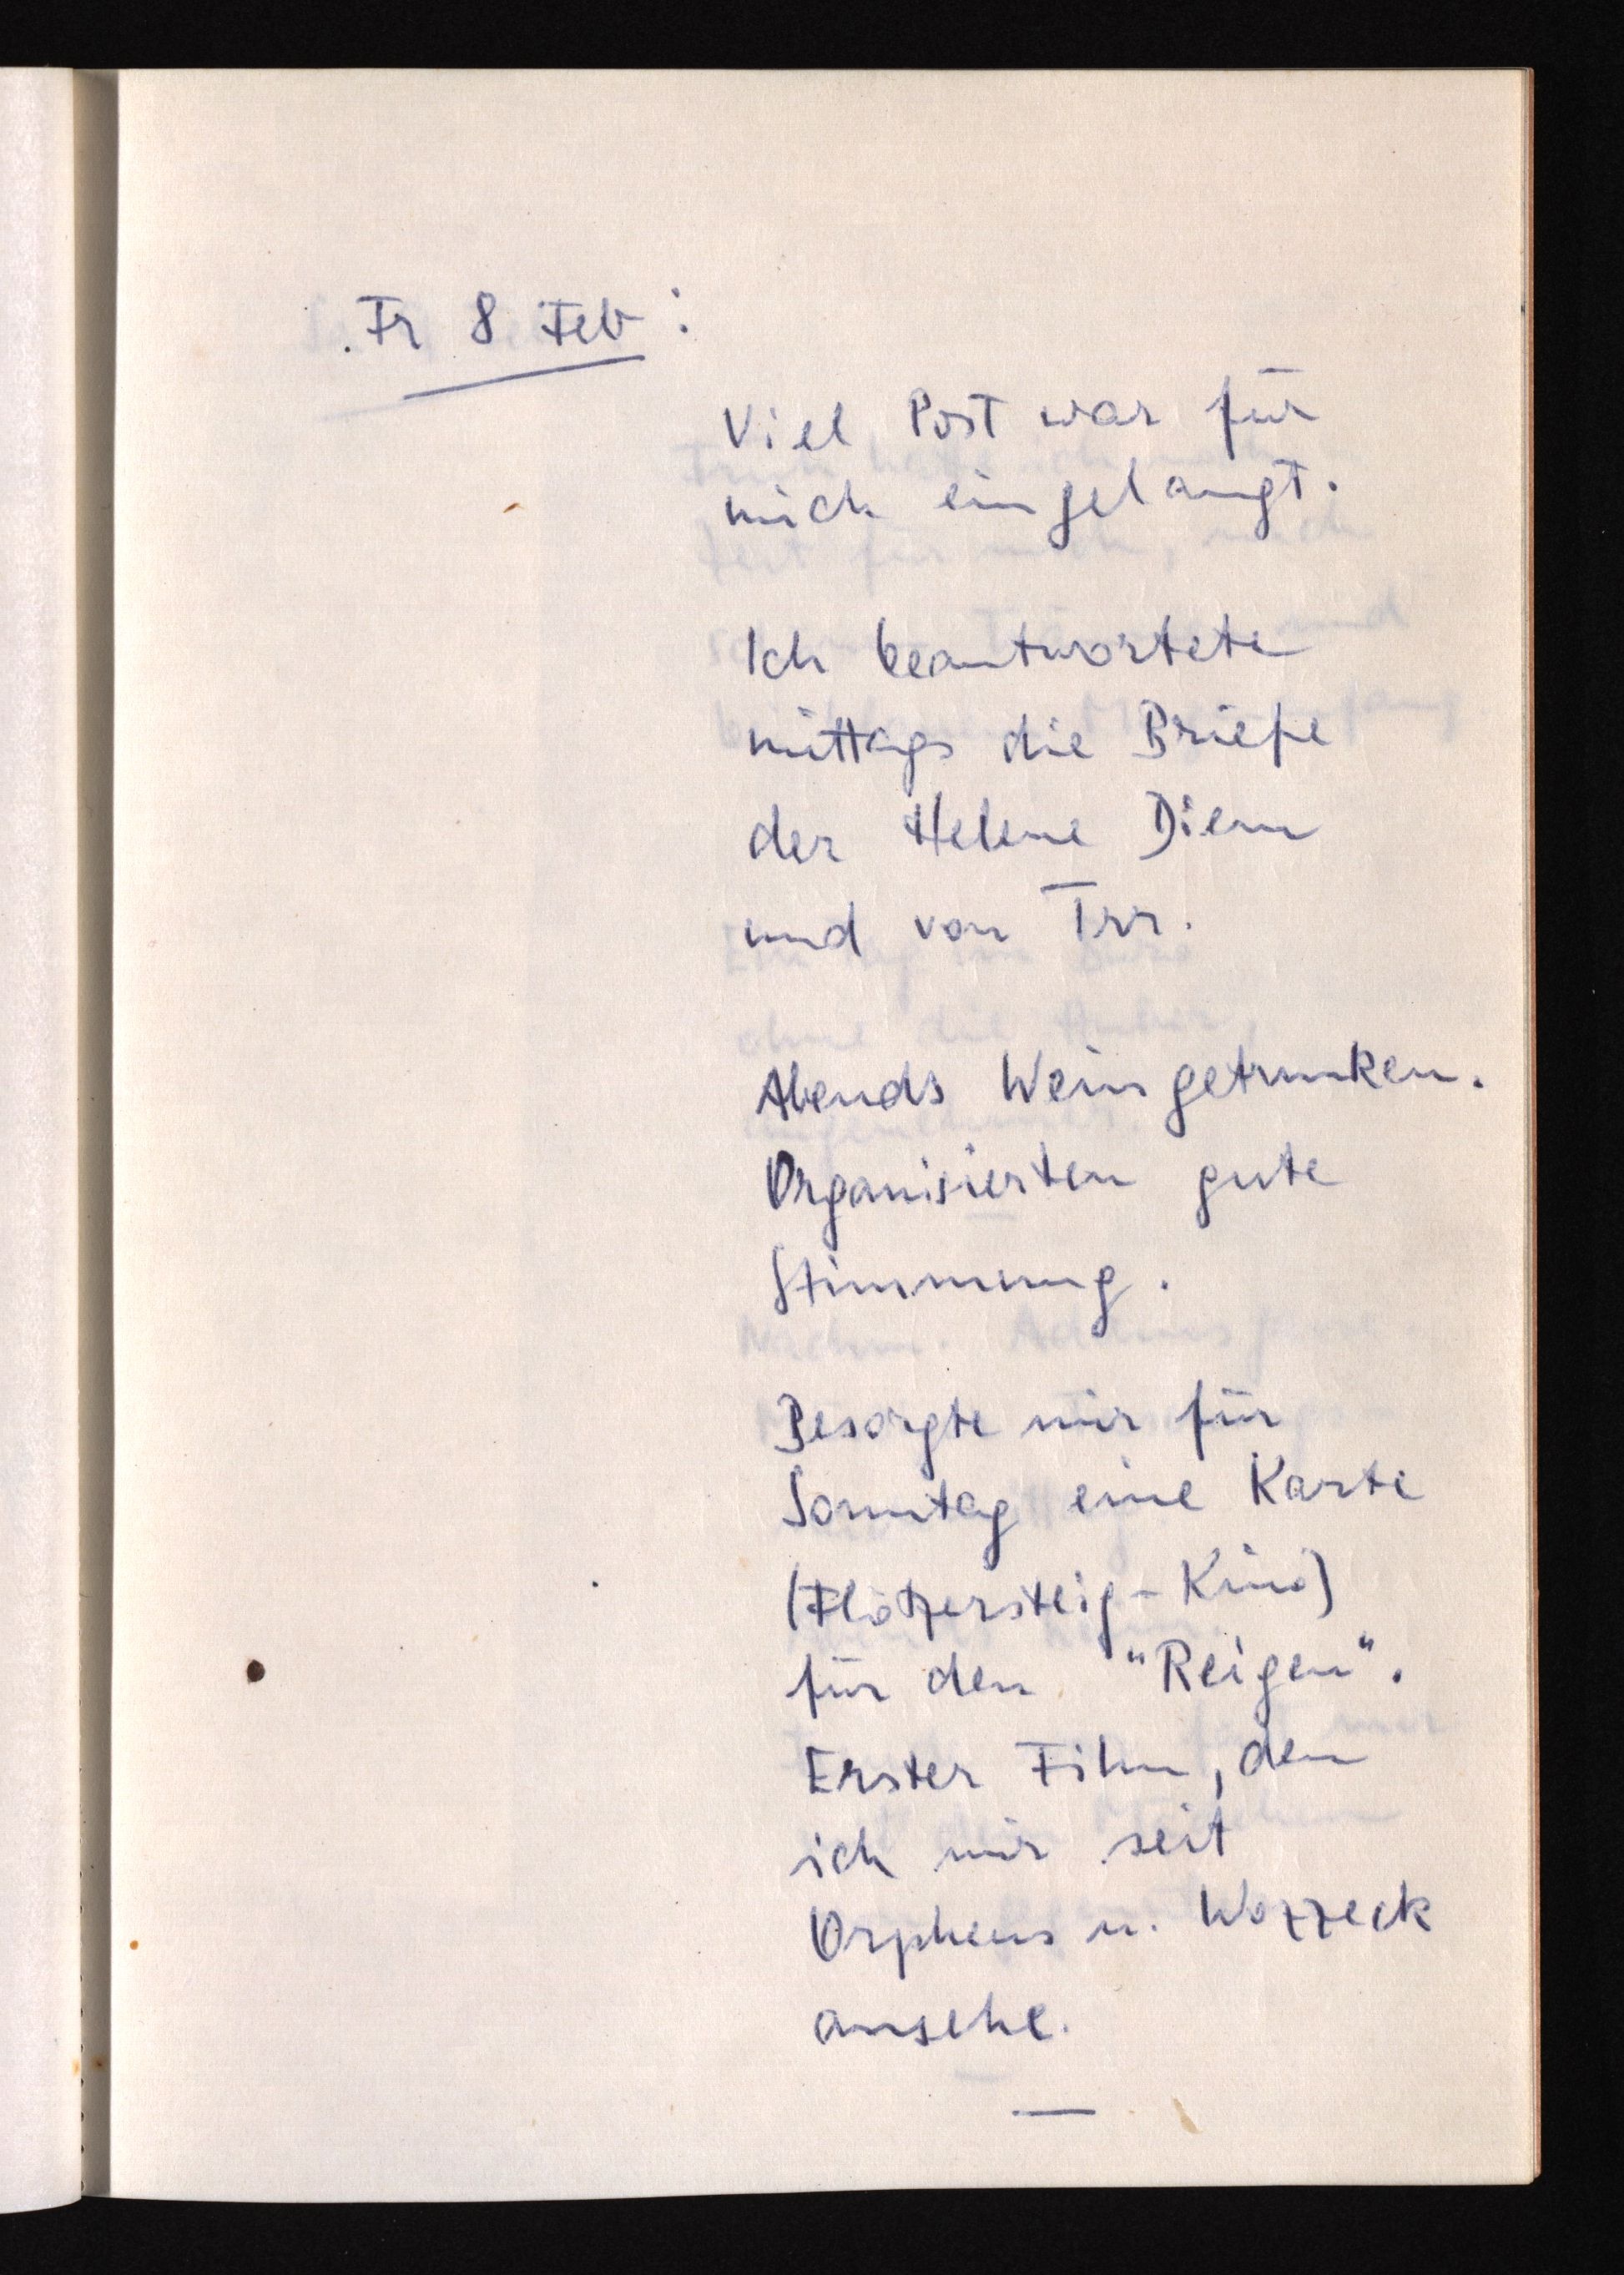
Fr 8 Feb:
Viel Post war für
mich eingelangt.
Ich beantwortete
mittags die Briefe
der Helene Diem
und von Trr.
Abends Wein getrunken.
Organisierten gute
Stimmung.
Besorgte mir für
Sonntag eine Karte
(Flötzersteig-Kino)
für den "Reigen".
Erster Film, den
ich mir seit
Orpheus u. Wozzeck
ansehe.